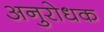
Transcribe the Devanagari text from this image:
अनुरोधक